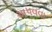
અપવવા